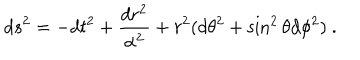
LaTeX: d s ^ { 2 } = - d t ^ { 2 } + \frac { d r ^ { 2 } } { \alpha ^ { 2 } } + r ^ { 2 } ( d \theta ^ { 2 } + \sin ^ { 2 } \theta d \phi ^ { 2 } ) \ .